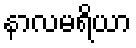
နာလမရိယာ